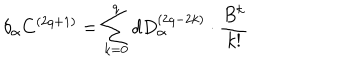
\delta _ { \alpha } C ^ { \left( 2 q + 1 \right) } = \sum _ { k = 0 } ^ { q } d D _ { \alpha } ^ { \left( 2 q - 2 k \right) } \cdot \frac { B ^ { k } } { k ! }